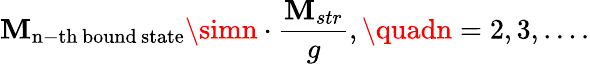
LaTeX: \mathbf{M}_{\mathrm{{n-th\, bound\, state}}}\simn\cdot\frac{{\mathbf{M}_{str}}}{{g}},\quadn=2,3,\ldots.